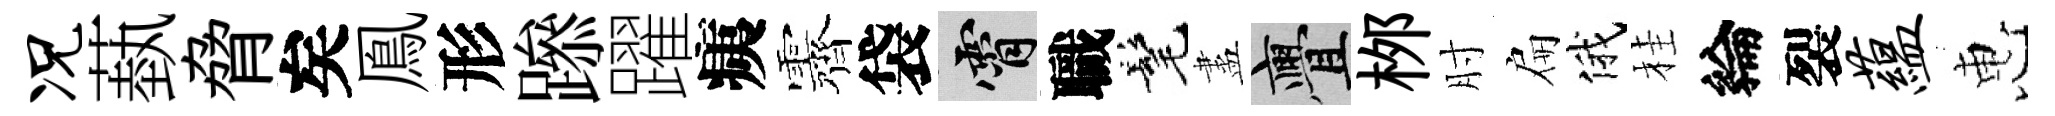
况蓺脅矣鳯形𨅶躍痍露袋霄職髦盡亹桞肘扁俄桂綸裂蕴惠